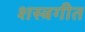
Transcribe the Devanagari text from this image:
शस्त्रगीत